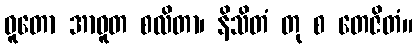
ဓူတော အာဓူတ စလိတာ၊ နိသိတံ တု စ တေဇိတံ။